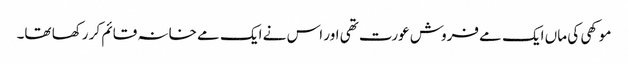
موکھی کی ماں ایک مے فروش عورت تھی اور اس نے ایک مے خانہ قائم کر رکھا تھا۔